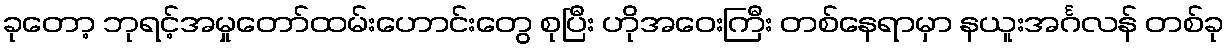
ခုတော့ ဘုရင့်အမှုတော်ထမ်းဟောင်းတွေ စုပြီး ဟိုအဝေးကြီး တစ်နေရာမှာ နယူးအင်္ဂလန် တစ်ခု